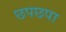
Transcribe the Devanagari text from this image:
छपछपा